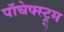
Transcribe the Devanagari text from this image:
पॉचेफ्स्ट्रूम